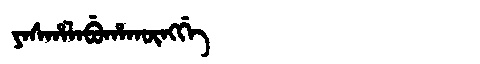
Manchu: ᠶᠠᠰᡥᠠᠯᠠᠪᡠᡥᠠᡴᡡᠩᡤᡝ
Romanization: YASHALABUHAKŪNGGE